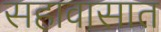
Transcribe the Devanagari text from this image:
सहावासात